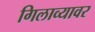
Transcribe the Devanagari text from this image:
गिलाव्यावर